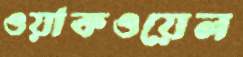
ওয়াকওয়েল